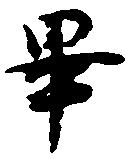
畢